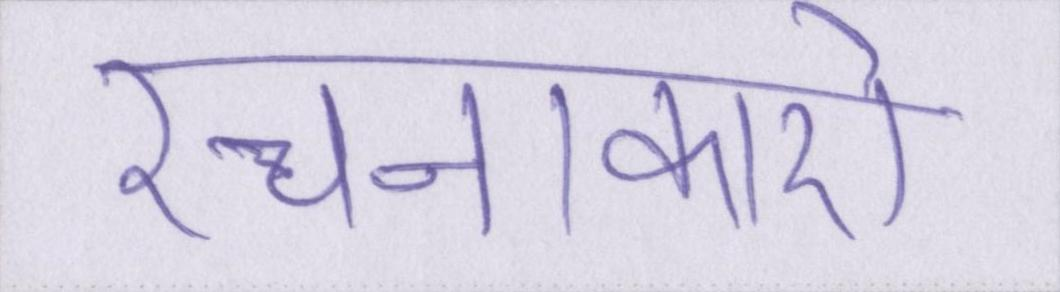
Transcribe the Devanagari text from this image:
रचनाकारों